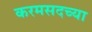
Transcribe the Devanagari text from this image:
करमसदच्या